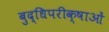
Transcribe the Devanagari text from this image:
बुद्धिपरीक्षाओं